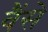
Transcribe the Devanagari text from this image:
वैंसे